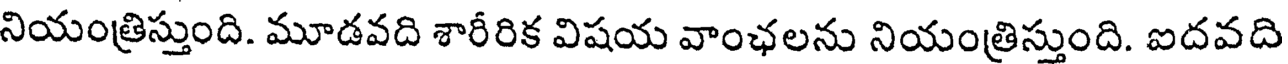
నియంత్రిస్తుంది. మూడవది శారీరిక విషయ వాంఛలను నియంత్రిస్తుంది. ఐదవది